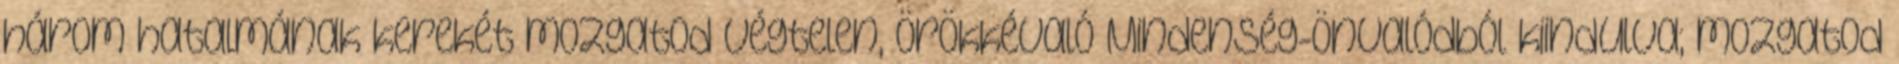
három hatalmának kerekét mozgatod Végtelen, Örökkévaló Mindenség-önvalódból kiindulva; mozgatod